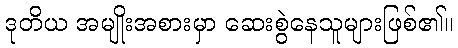
ဒုတိယ အမျိုးအစားမှာ ဆေးစွဲနေသူများဖြစ်၏။